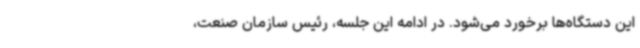
این دستگاه‌ها برخورد می‌شود. در ادامه این جلسه، رئیس سازمان صنعت،